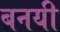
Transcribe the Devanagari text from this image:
बनयी